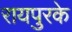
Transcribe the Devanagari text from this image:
रायपुरके